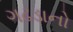
ગઢડાનો